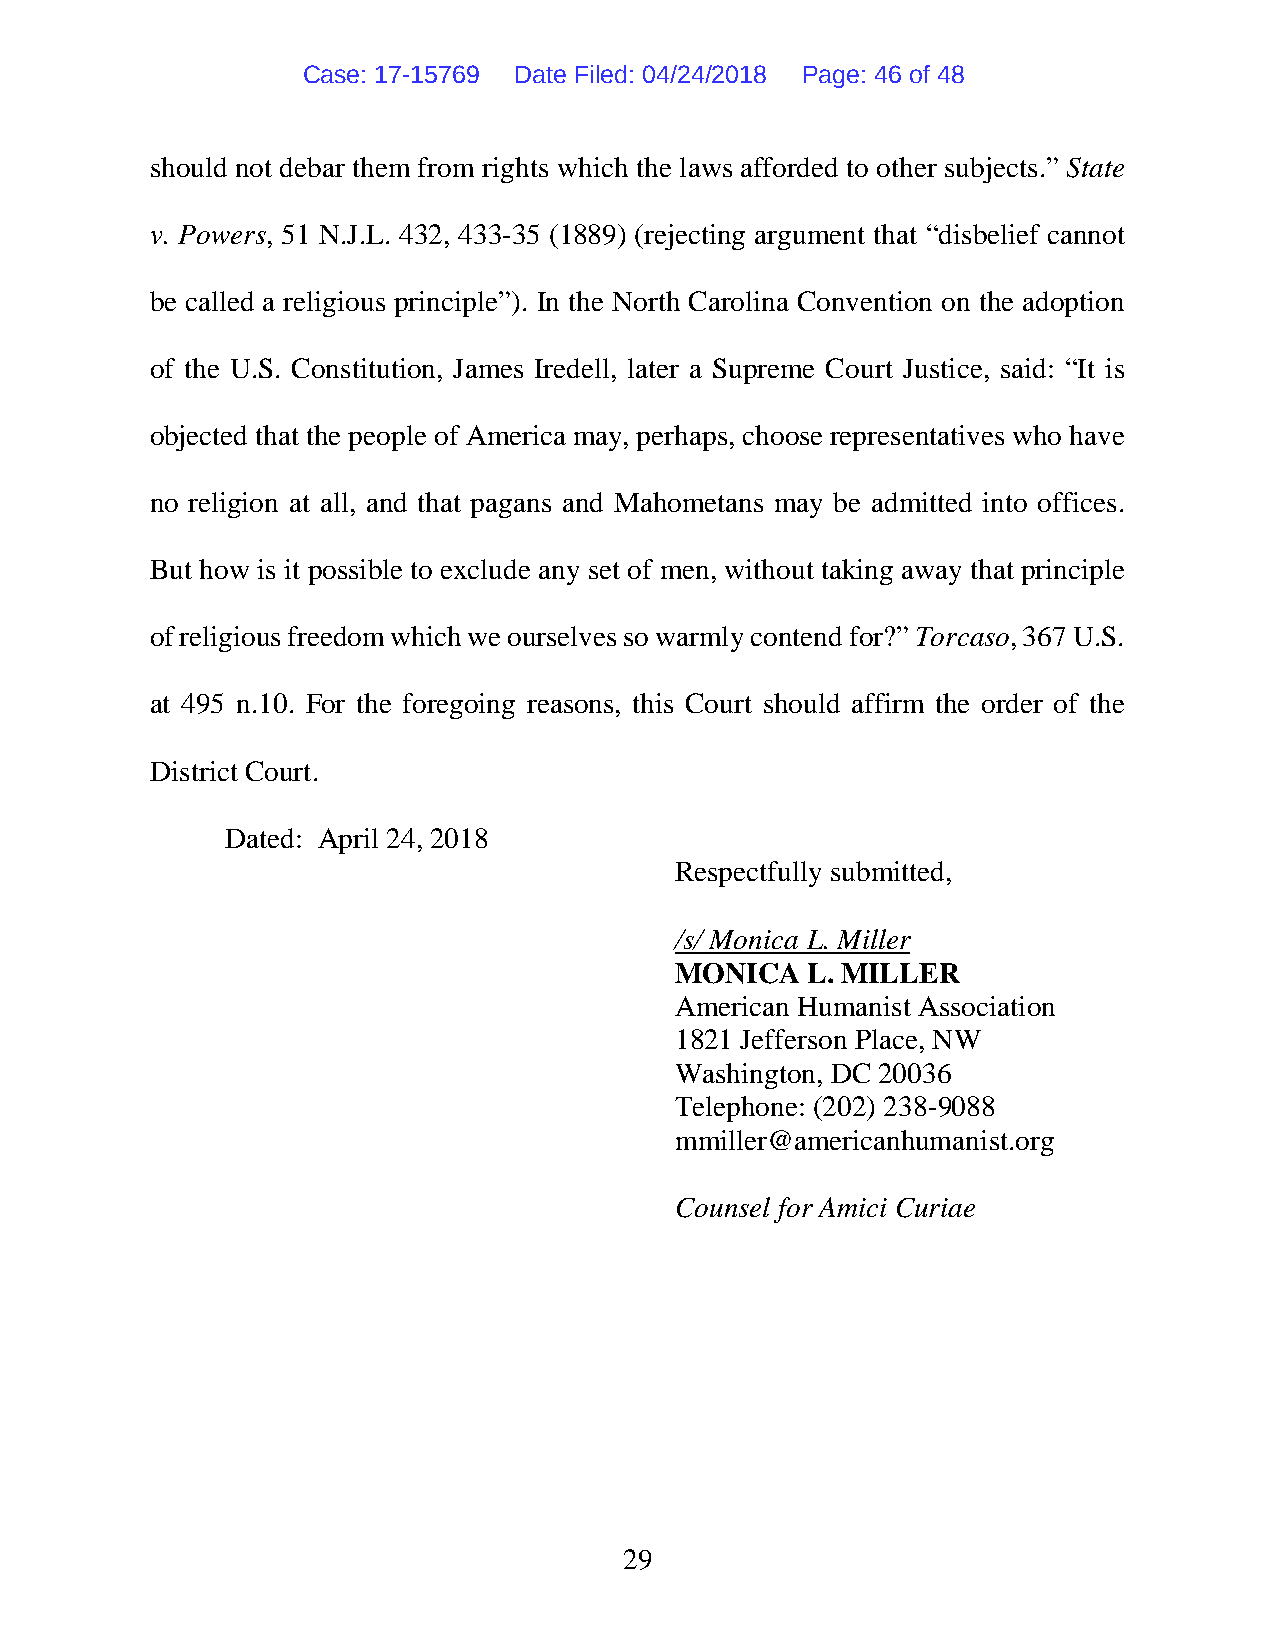
Case: 17-15769 Date Filed: 04/24/2018 Page: 46 of 48
 should not debar them from rights which the laws afforded to other subjects.” State
 v. Powers, 51 N.J.L. 432, 433-35 (1889) (rejecting argument that “disbelief cannot
 be called a religious principle”). In the North Carolina Convention on the adoption
 of the U.S. Constitution, James Iredell, later a Supreme Court Justice, said: “It is
 objected that the people of America may, perhaps, choose representatives who have
 no religion at all, and that pagans and Mahometans may be admitted into offices.
 But how is it possible to exclude any set of men, without taking away that principle
 of religious freedom which we ourselves so warmly contend for?” Torcaso, 367 U.S.
 at 495 n.10. For the foregoing reasons, this Court should affirm the order of the
 District Court.
 Dated: April 24, 2018
 Respectfully submitted,
 /s/ Monica L. Miller
 MONICA  L. MILLER
 American Humanist Association
 1821 Jefferson Place, NW
 Washington, DC 20036
 Telephone: (202) 238-9088
 mmiller@americanhumanist.org
 Counsel for Amici Curiae
 29